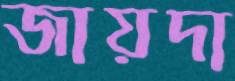
জায়দা